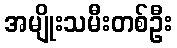
အမျိုးသမီးတစ်ဦး